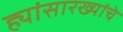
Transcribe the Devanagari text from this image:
ह्यांसारख्यांचे